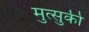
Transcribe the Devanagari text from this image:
मुत्सुकी